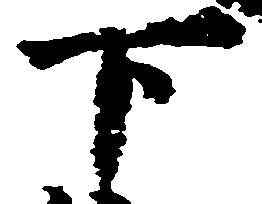
下